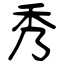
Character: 秀